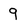
Character: 9